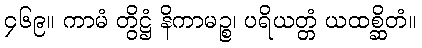
၄၆၉။ ကာမံ တွိဋ္ဌံ နိကာမဉ္စ၊ ပရိယတ္တံ ယထစ္ဆိတံ။